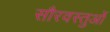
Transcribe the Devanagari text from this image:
सौरवस्तुओं